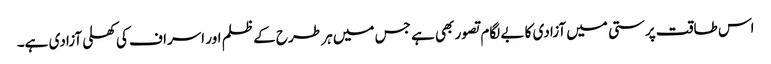
اس طاقت پرستی میں آزادی کا بے لگام تصور بھی ہے جس میں ہر طرح کے ظلم اور اسراف کی کھلی آزادی ہے۔